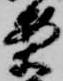
案